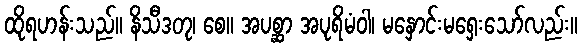
ထိုရဟန်းသည်။ နိသီဒတု၊ စေ။ အပစ္ဆာ အပုရိမံဝါ၊ မနှောင်းမရှေးသော်လည်း။